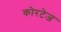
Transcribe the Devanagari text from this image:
कोरटेज